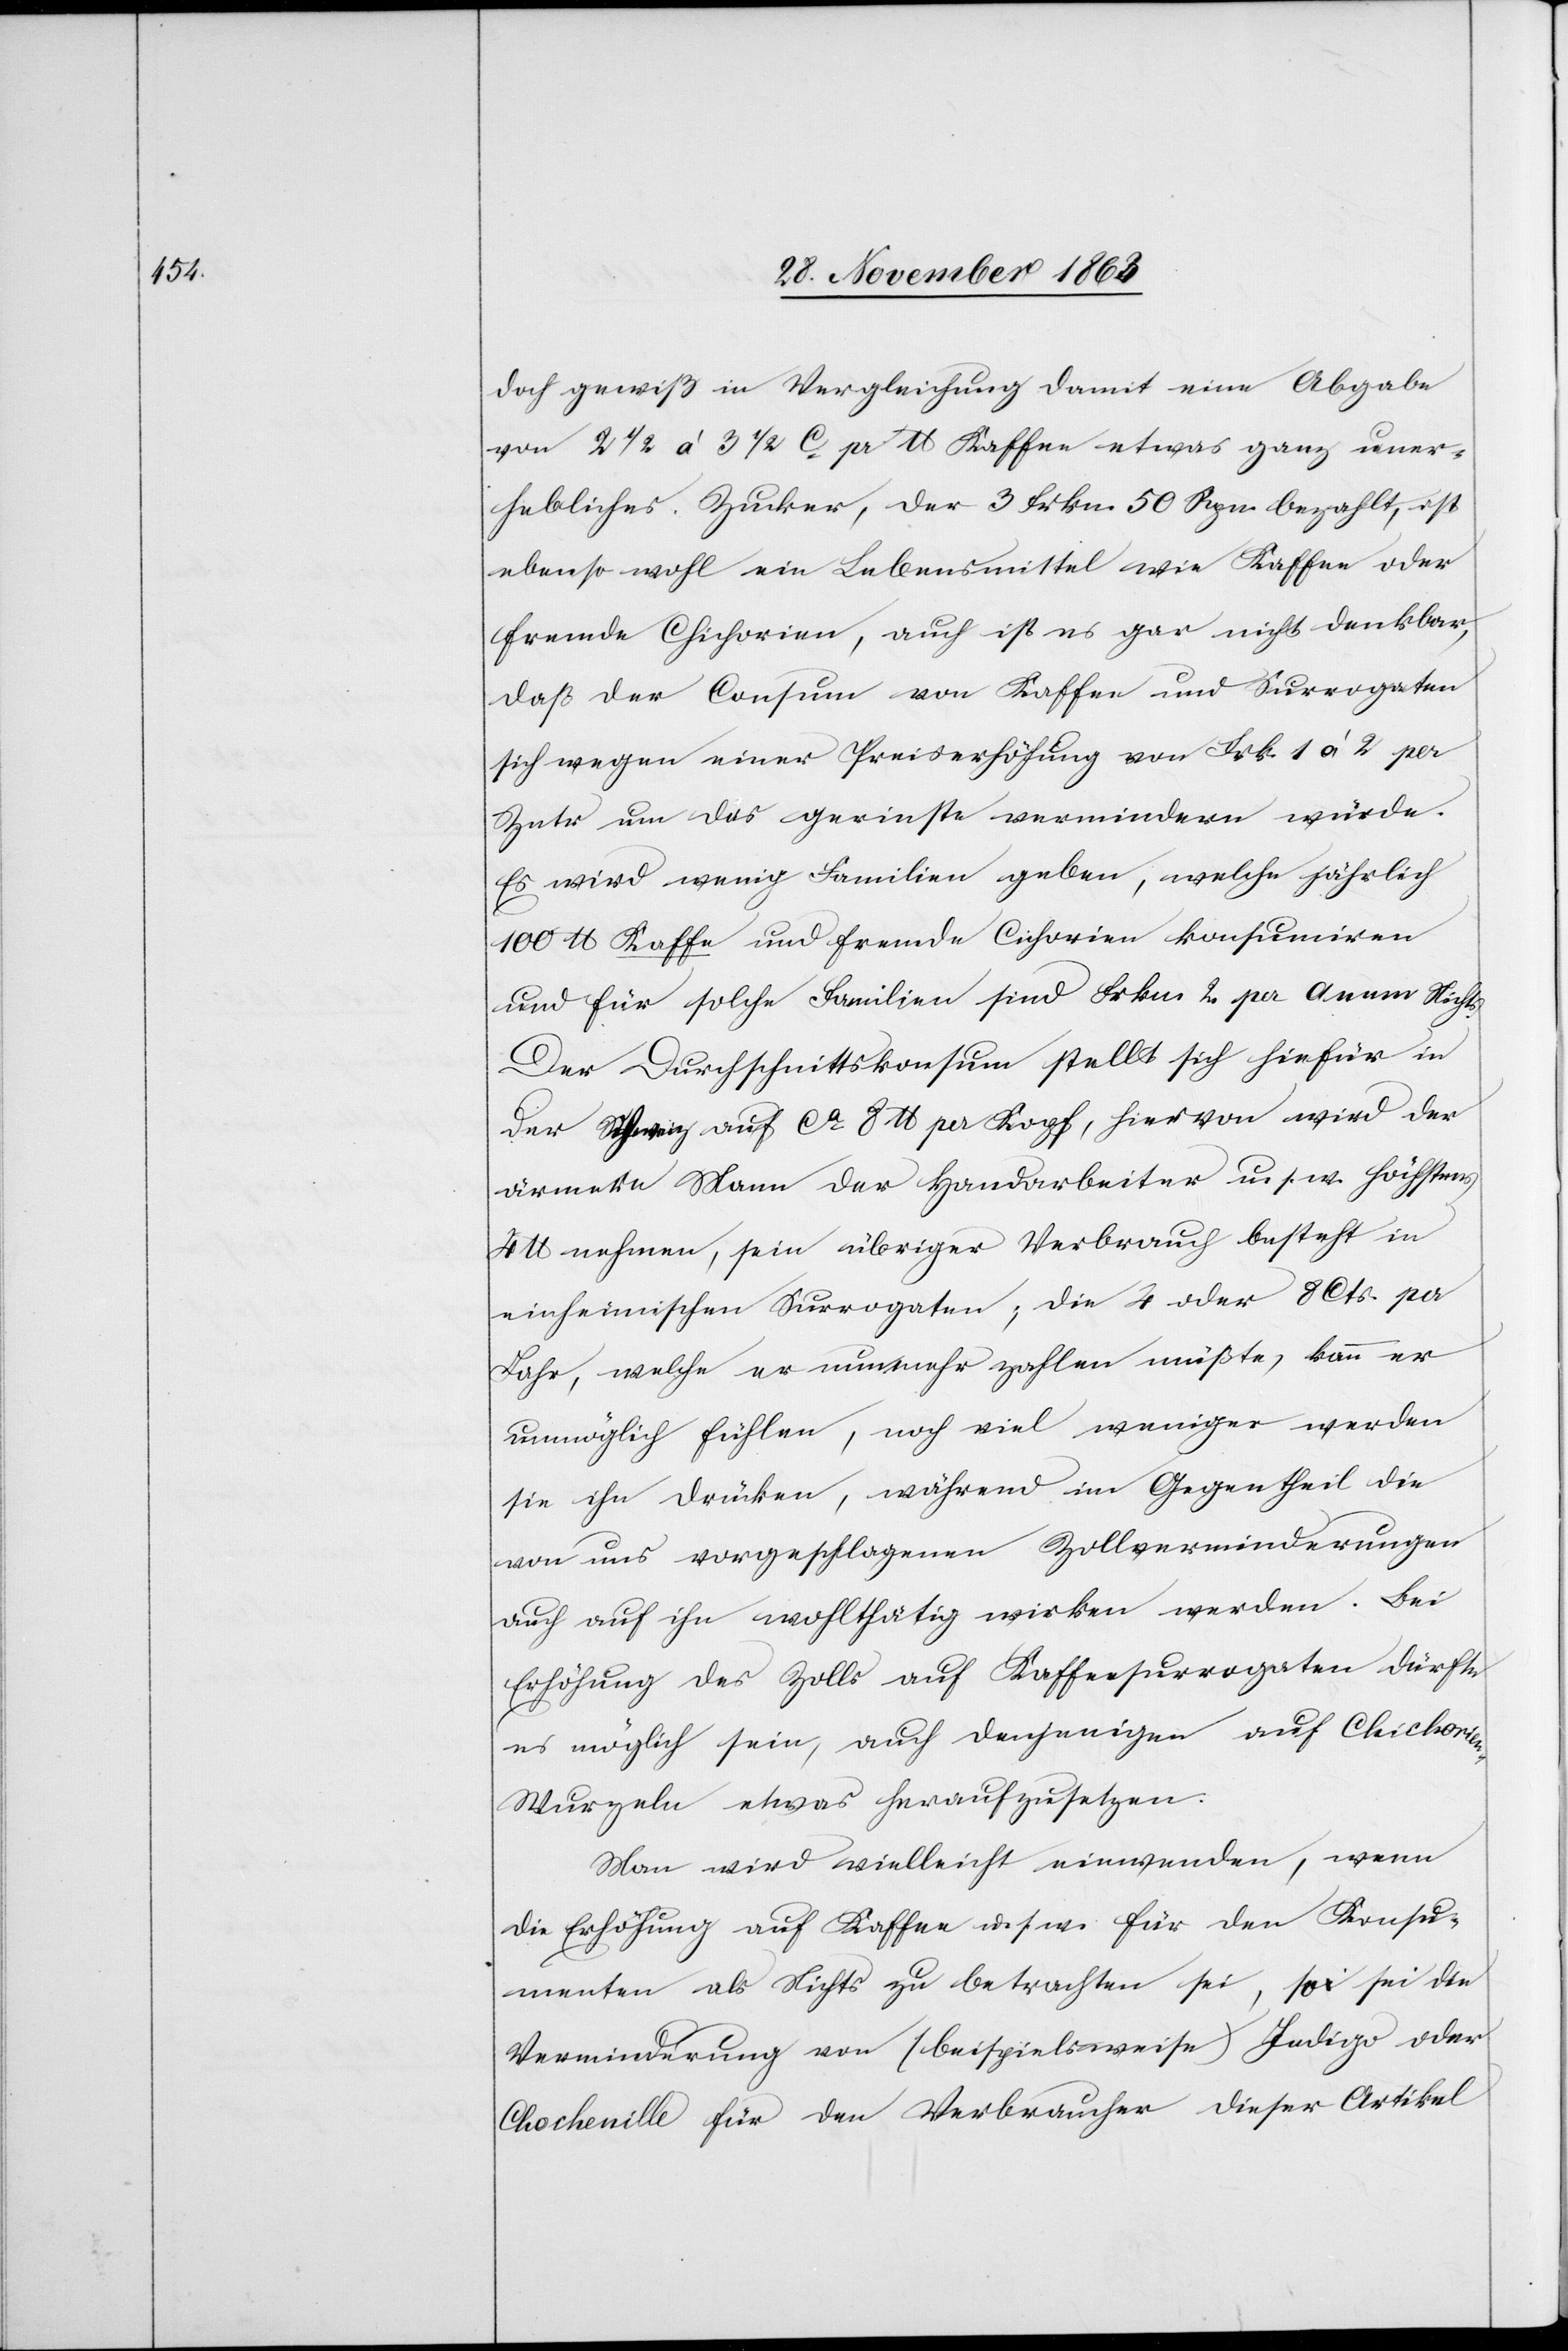
doch gewiß in Vergleichung damit eine Abgabe
von 2 1/2 à 3 1/2 c pr lb. Kaffee etwas ganz uner¬
hebliches. Zucker, der 3 Frkn. 50 Rpn. bezahlt, ist
ebenso wohl ein Lebensmittel wie Kaffee oder
fremde Chichorien, auch ist es gar nicht denkbar,
daß der Consum von Kaffee und Surrogaten
sich wegen einer Preiserhöhung von Frk. 1 à 2 per
Zntr um das gerin[g]ste vermindern würde.
Es wird wenig Familien geben, welche jährlich
100 lb. Kaffee und fremde Cichorien [sic!] konsumiren
und für solche Familien sind Frkn. 2. per Anum Nichts.
Der Durchschnittskonsum stellt sich hiefür in
der Schweiz auf ca 8 lb. per Kopf, hiervon wird der
ärmere Mann der Handarbeiter u. s. w. höchstens
4 lb. nehmen, sein übriger Verbrauch besteht in
einheimischen Surrogaten; die 4 oder 8 Cts. per
Jahr, welche er nun mehr zahlen müßte, kann er
unmöglich fühlen, noch viel weniger werden
sie ihn drücken, während im Gegentheil die
von uns vorgeschlagenen Zollverminderungen
auch auf ihn wohlthätig wirken werden. Bei
Erhöhung des Zolls auf Kaffeesurrogaten dürfte
es möglich sein, auch denjenigen auf Chichorie¬
n-Wurzeln etwas heraufzusetzen.
Man wird vielleicht einwenden, wenn
die Erhöhung auf Kaffee u. s. w. für den Konsu¬
menten als Nichts zu betrachten sei, so sei die
Verminderung von (beispielsweise) Indigo oder
Chochenille für den Verbraucher dieser Artikel